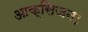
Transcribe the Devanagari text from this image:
आक्सिजन।